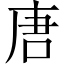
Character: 唐